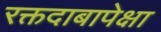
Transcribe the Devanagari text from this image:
रक्तदाबापेक्षा